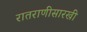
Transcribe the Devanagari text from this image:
रातराणीसारखी